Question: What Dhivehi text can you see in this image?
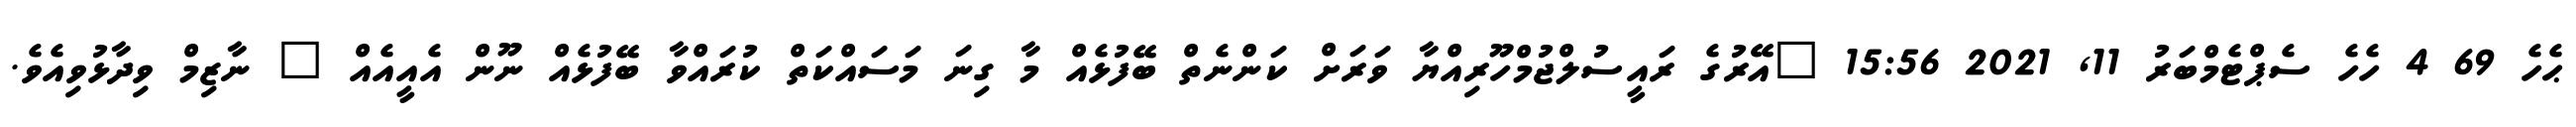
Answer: ޙެހެ 69 4 ހެހެ ސެޕްޓެމްބަރު 11, 2021 15:56 "އޭރުގެ ރައީސުލްޖުމްހޫރިއްޔާ ވަރަށް ކަންނެތް ބޭފުޅެއް މާ ގިނަ މަސައްކަތް ކުރައްވާ ބޭފުޅެއް ނޫން އެއީއެއް " ނާޒިމް ވިދާޅުވިއެވެ.